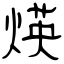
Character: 煐